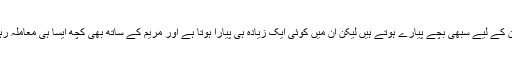
والدین کے لیے سبھی بچے پیارے ہوتے ہیں لیکن ان میں کوئی ایک زیادہ ہی پیارا ہوتا ہے اور مریم کے ساتھ بھی کچھ ایسا ہی معاملہ رہا تھا۔